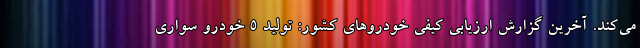
می‌کند. آخرین گزارش ارزیابی کیفی خودروهای کشور: تولید 5 خودرو سواری